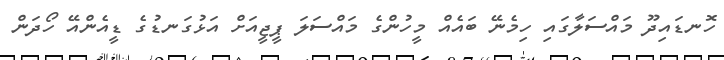
ހޮނޑައިދޫ މައްސަލާގައި ހިމެނޭ ބައެއް މީހުންގެ މައްސަލަ ޕީޖީއަށް އަޅުގަނޑުގެ ޑީއެންއޭ ހޯދަން